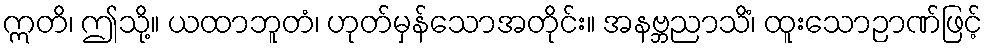
ဣတိ၊ ဤသို့။ ယထာဘူတံ၊ ဟုတ်မှန်သောအတိုင်း။ အနဗ္ဘညာသိံ၊ ထူးသောဉာဏ်ဖြင့်